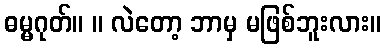
ဓမ္မဂုတ်။ ။ လဲတော့ ဘာမှ မဖြစ်ဘူးလား။